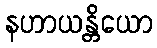
နဟာယန္တိယော